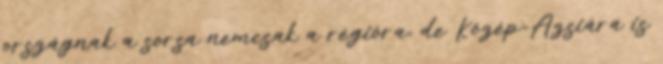
országnak a sorsa nemcsak a régióra, de Közép-Ázsiára is